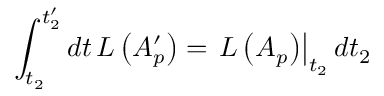
\int _ { t _ { 2 } } ^ { t _ { 2 } ^ { \prime } } d t \, L \left( A _ { p } ^ { \prime } \right) = \left. L \left( A _ { p } \right) \right| _ { t _ { 2 } } d t _ { 2 }